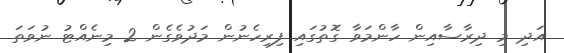
އަދި މި ދިރާސާއިން ހާންމަވާ ގޮތުގައި ފިރިހެނުން މަދުވެގެން 2 މިނެއްޓު ނުވަތަ